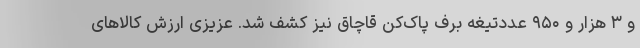
و ۳ هزار و ۹۵۰ عددتیغه برف پاک‌کن قاچاق نیز کشف شد. عزیزی ارزش کالاهای